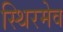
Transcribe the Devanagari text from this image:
स्थिरमेव